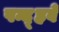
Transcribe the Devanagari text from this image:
पन्द़्हवें